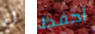
أن أحفظ